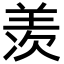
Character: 羡